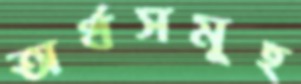
অর্থসমূহ